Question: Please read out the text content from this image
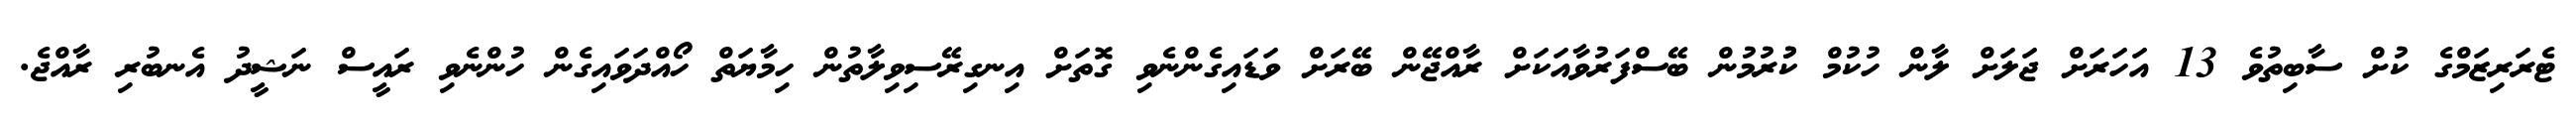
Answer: ޓެރަރިޒަމްގެ ކުށް ސާބިތުވެ 13 އަހަރަށް ޖަލަށް ލާން ހުކުމް ކުުރުމުން ބޭސްފަރުވާއަކަށް ރާއްޖޭން ބޭރަށް ވަޑައިގެންނެވި ގޮތަށް އިނގިރޭސިވިލާތުން ހިމާޔަތް ހޯއްދަވައިގެން ހުންނެވި ރައީސް ނަޝީދު އެނބުރި ރާއްޖެ.